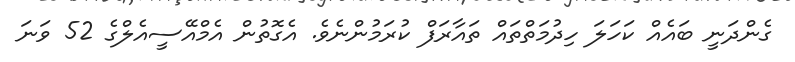
ގެންދަނީ ބައެއް ކަހަލަ ހިދުމަތްތައް ތައާރަފް ކުރަމުންނެވެ. އެގޮތުން އެމްއޭސީއެލްގެ 52 ވަނަ